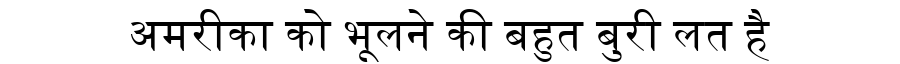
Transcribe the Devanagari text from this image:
अमरीका को भूलने की बहुत बुरी लत है